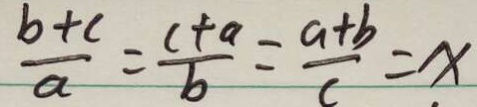
\frac { b + c } { a } = \frac { c + a } { b } = \frac { a + b } { c } = x